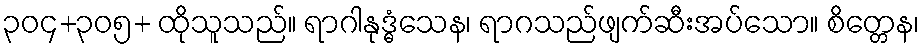
၃၀၄+၃၀၅+ ထိုသူသည်။ ရာဂါနုဒ္ဓံသေန၊ ရာဂသည်ဖျက်ဆီးအပ်သော။ စိတ္တေန၊